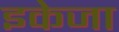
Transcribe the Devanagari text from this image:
इकेजा